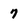
Character: 7